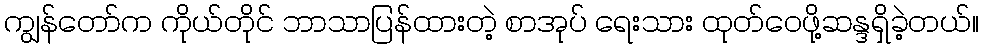
ကျွန်တော်က ကိုယ်တိုင် ဘာသာပြန်ထားတဲ့ စာအုပ် ရေးသား ထုတ်ဝေဖို့ဆန္ဒရှိခဲ့တယ်။